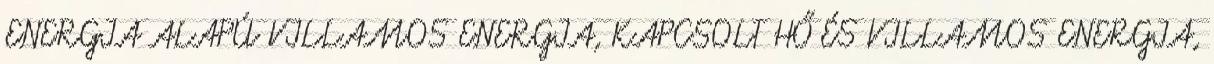
ENERGIA ALAPÚ VILLAMOS ENERGIA, KAPCSOLT HŐ ÉS VILLAMOS ENERGIA,